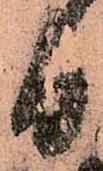
日